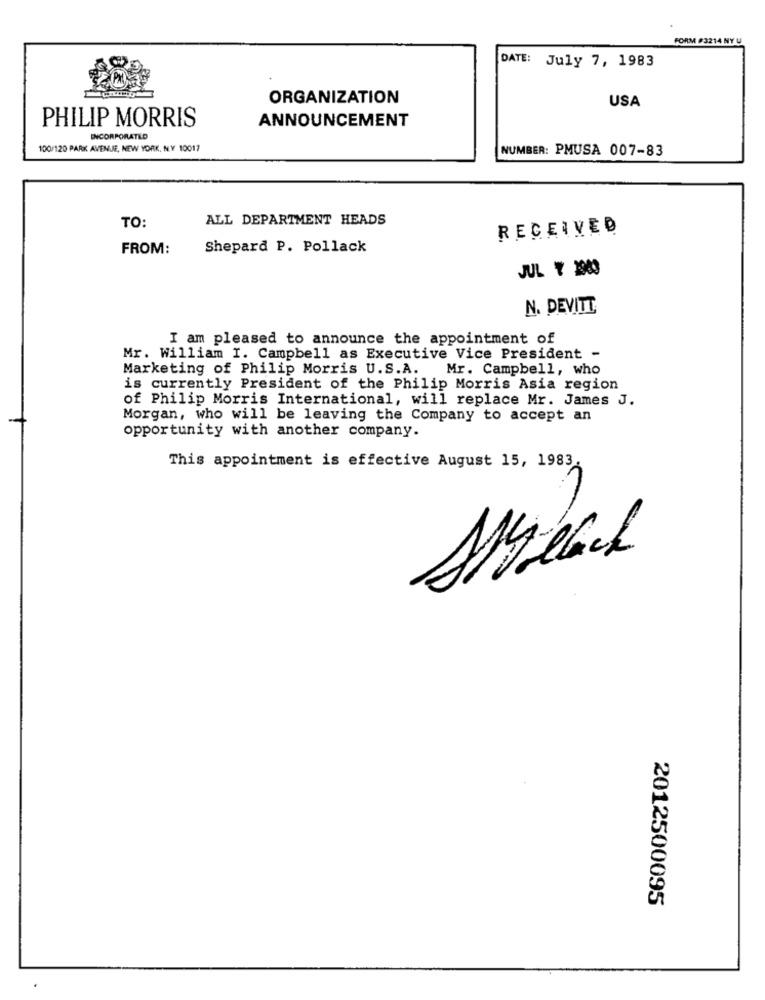
FORM #3214 NY U
DATE: July 7, 1983
ORGANIZATION
USA
PHILIP MORRIS
ANNOUNCEMENT
INCORPORATED
100/120 PARK AVENUE, NEW YORK, NY 10017
NUMBER: PMUSA 007-83
ALL DEPARTMENT HEADS
TO:
RECEIVED
FROM:
Shepard P. Pollack
JUL ₹ 1983
N. DEVITT
I am pleased to announce the appointment of
Mr. William I. Campbell as Executive Vice President -
Marketing of Philip Morris U.S.A. Mr. Campbell, who
is currently President of the Philip Morris Asia region
of Philip Morris International, will replace Mr. James J.
Morgan, who will be leaving the Company to accept an
opportunity with another company.
This appointment is effective August 15, 1983.
2012500095